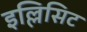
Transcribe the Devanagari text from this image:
इल्लिसिट